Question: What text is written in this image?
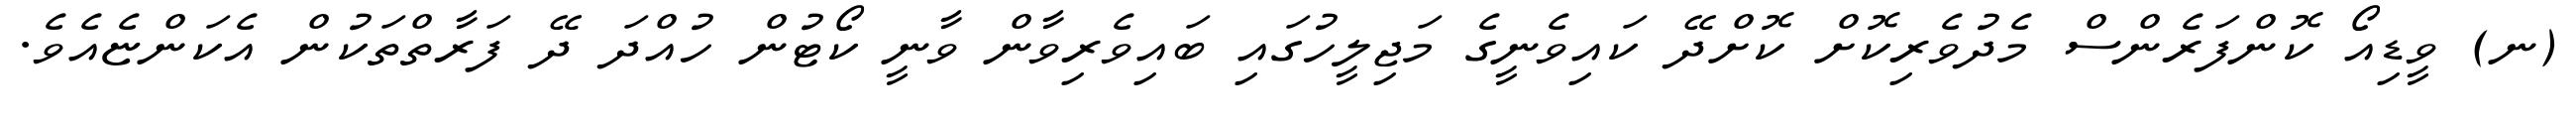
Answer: (ނ) ވީޑިއޯ ކޮންފަރެންސް މެދުވެރިކޮށް ކޮށްދޭ ކައިވެނީގެ މަޖިލީހުގައި ބައިވެރިވާން ވާނީ ކޯޓުން ހުއްދަ ދޭ ފަރާތްތަކުން އެކަންޏެއެވެ.